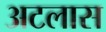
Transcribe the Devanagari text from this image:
अटलास